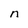
Character: n